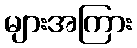
များအကြား